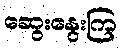
ဆွေးနွေးကြ